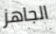
الجاهز